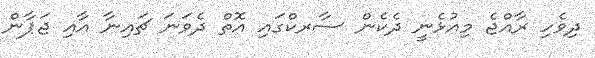
ދިވެހި ރާއްޖެ މިއުޅެނީ ދެކެން ސާރކްގައި އޮތް ދެވަނަ ޗައިނާ އާއި ޖަޕާން